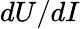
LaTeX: dU/dI